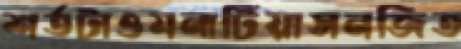
শর্তটাওমনাটিয়াসনজিত